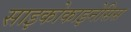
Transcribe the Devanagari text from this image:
साइकोकाइनेसिस